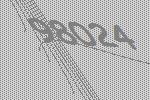
98024